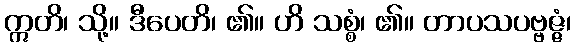
ဣတိ၊ သို့။ ဒီပေတိ၊ ၏။ ဟိ သစ္စံ၊ ၏။ တာပသပဗ္ဗဇ္ဇံ၊